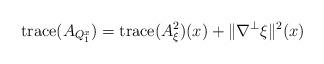
LaTeX: \begin{align*}\mathrm{trace}(A_{Q_{1}^{x}})=\mathrm{trace}(A^2_{\xi})(x)+ \| \nabla^{\perp}\xi\| ^{2}(x)\end{align*}